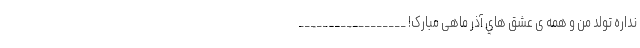
نداره تولد من و همه ی عشق هاي‌ آذر ماهی مبارک! __________________